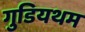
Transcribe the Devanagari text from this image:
गुडियथम